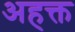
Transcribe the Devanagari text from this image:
अहक्त